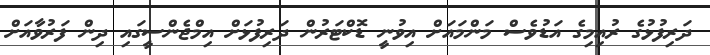
ދަރިފުޅުގެ ރުއިމިގެ އަޑުވެސް މަންމައަށް އިވުނީ ޑޮކްޓަރުން ދަރިފުޅަށް އިމްޖެންސީގައި ދިން ފަރުވާއަށް